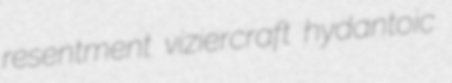
resentment viziercraft hydantoic